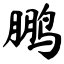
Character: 鹏